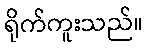
ရိုက်ကူးသည်။